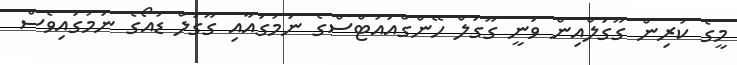
މީގެ ކުރިން ގޫގަލްއިން ވަނީ ގޫގަލް ހޭންގްއައުޓްސްގެ ނަމުގައާއި ގޫގަލް ޑުއޯގެ ނަމުގައިވެސް